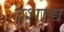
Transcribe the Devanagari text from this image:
दशाश्व